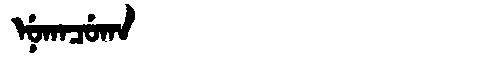
Manchu: ᠨᡠᡴᠠᠴᡠᡴᠠ
Romanization: NUKACUKA